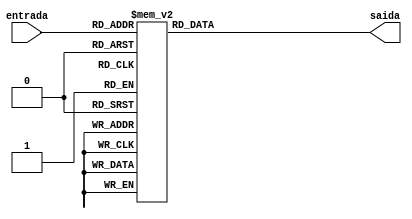
module dec(input [3:0]entrada,
						output reg [6:0]saida);
								
		always @(*) begin
			case(entrada)
				4'd0: saida = ~(7'b1111110);
				4'd1: saida = ~(7'b0110000);
				4'd2: saida = ~(7'b1101101);
				4'd3: saida = ~(7'b1111001);
				4'd4: saida = ~(7'b0110011);
				4'd5: saida = ~(7'b1011011);
				4'd6: saida = ~(7'b1011111);
				4'd7: saida = ~(7'b1110000);
				4'd8: saida = ~(7'b1111111);
				4'd9: saida = ~(7'b1110011);
				4'd10: saida = ~(7'b1110111);
				4'd11: saida = ~(7'b0011111);
				4'd12: saida = ~(7'b1001110);
				4'd13: saida = ~(7'b0111101);
				4'd14: saida = ~(7'b1001111);
				4'd15: saida = ~(7'b1000111);
				default: saida = ~(7'b0000000);
			endcase
		end
endmodule